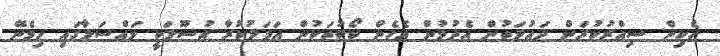
ހެކިން ސިއްރުކުރަން ދައުލަތުން އެދުމުން އެހެން ކޯޓުތަކުން އަމަލުކުރާ އުސޫލަކީ މައްސަލާގައި ހިމެނޭ